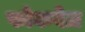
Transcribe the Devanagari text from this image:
फोकवेज़